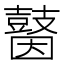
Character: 𪔗